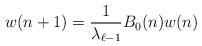
LaTeX: \begin{align*}w(n+1)=\frac{1}{\lambda_{\ell-1}}B_{0}(n)w(n) \end{align*}